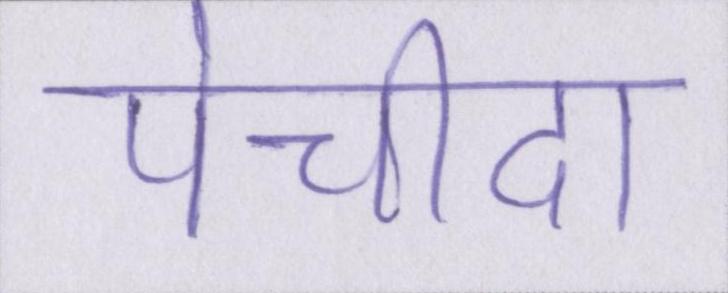
पेचीदा